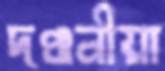
দণ্ডনীয়া